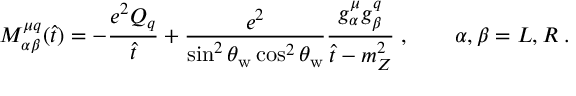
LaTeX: M _ { \alpha \beta } ^ { \mu q } ( \hat { t } ) = - \frac { e ^ { 2 } Q _ { q } } { \hat { t } } + \frac { e ^ { 2 } } { \sin ^ { 2 } \theta _ { \mathrm { w } } \cos ^ { 2 } \theta _ { \mathrm { w } } } \frac { g _ { \alpha } ^ { \mu } g _ { \beta } ^ { q } } { \hat { t } - m _ { Z } ^ { 2 } } \; , \qquad \alpha , \beta = L , R \; .